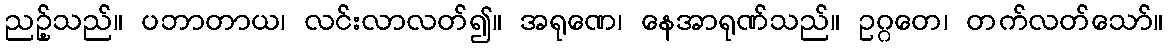
ညဉ့်သည်။ ပဘာတာယ၊ လင်းလာလတ်၍။ အရုဏေ၊ နေအာရုဏ်သည်။ ဥဂ္ဂတေ၊ တက်လတ်သော်။